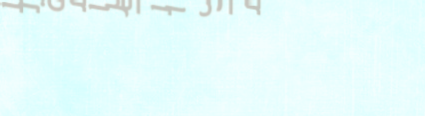
محل الكرامة للمجوهرات وال